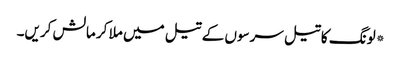
*لونگ کا تیل سرسوں کے تیل میں ملا کر مالش کریں۔